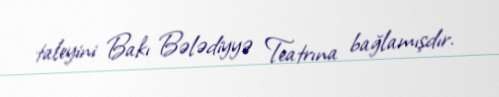
taleyini Bakı Bələdiyyə Teatrına bağlamışdır.